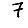
Digit: 7